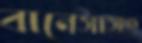
বানেসাসহ